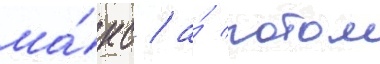
ма́кс / а́ потом